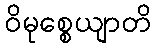
ဝိမုစ္စေယျာတိ